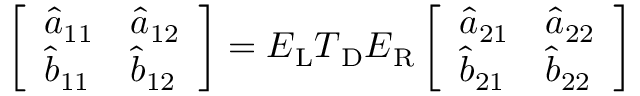
\left[ \begin{array} { l l } { \hat { a } _ { 1 1 } } & { \hat { a } _ { 1 2 } } \\ { \hat { b } _ { 1 1 } } & { \hat { b } _ { 1 2 } } \end{array} \right] = \boldsymbol { E } _ { \mathrm { L } } \boldsymbol { T } _ { \mathrm { D } } \boldsymbol { E } _ { \mathrm { R } } \left[ \begin{array} { l l } { \hat { a } _ { 2 1 } } & { \hat { a } _ { 2 2 } } \\ { \hat { b } _ { 2 1 } } & { \hat { b } _ { 2 2 } } \end{array} \right]